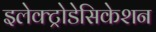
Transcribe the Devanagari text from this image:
इलेक्ट्रोडेसिकेशन